French assistants in Scottish schools and training centres, 1932
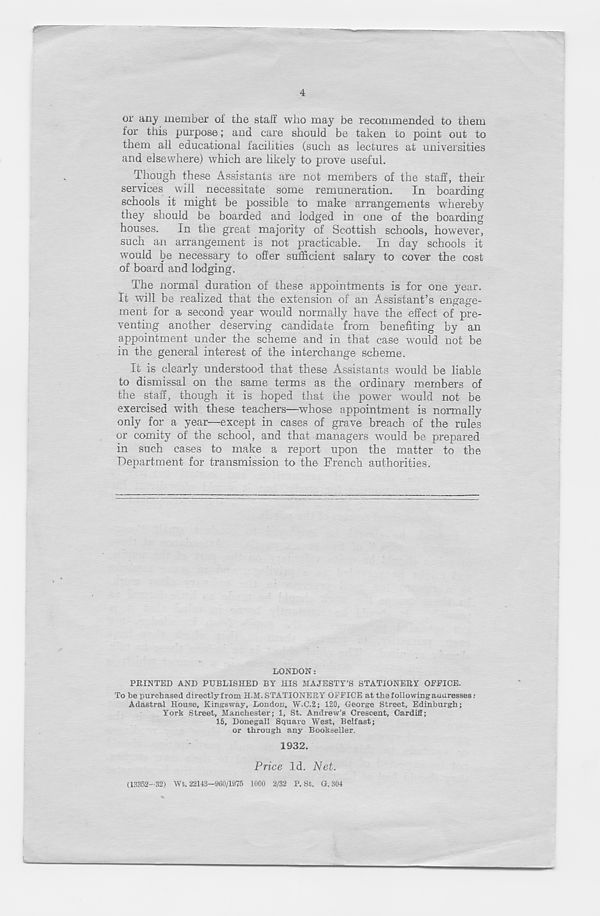
or any member of the stall who may be recommended to them
for this purpose; and care should be taken to point out to
them all educational facilities (such as lectures at universities
and elsewhere) which are likely to prove useful.
Though these Assistants are not members of the staff, then-
services will necessitate some remuneration.
In boarding
schools it might be possible to make arrangements whereby
they should be boarded and lodged in one of the boarding
houses. In the great majority of Scottish schools, however,
such an arrangement is not practicable. In day schools it
would be necessary to offer sufficient salary to cover the cost
of board and lodging.
The normal duration of these appointments is for one year.
It will be realized that the extension of an Assistant’s engage-
ment for a second year would normally have the effect of pre-
venting another deserving candidate from benefiting by an
appointment under the scheme and in that case would not be
in the general interest of the interchange scheme.
It is clearly understood that these Assistants would be liable
to dismissal on the same terms as the ordinary members of
the staff, though it is hoped that the power would not be
exercised with these teachers—whose appointment is normally
only for a year—except in cases of grave breach of the rules
or comity of the school, and that managers would be prepared
in such cases to make a report upon the matter to the
Department for transmission to the French authorities.
LONDON:
PRINTED AND PUBLISHED BY HIS MAJESTY’S STATIONERY OPEICE.
To be purchased directly from H.M. STATIONERY OPPICE at the following auuresses:
Adastral House, Kingsway, London, W.C.2; 120, George Street, Edinburgh;
York Street, Manchester; 1, St. Andrew's Orescent, Cardiff;
15, Donegall Square West, Belfast;
or through any Bookseller.
1932.
Price Id. Net.
(13352-32) Wt. 22143—960/1975 1000 2/32 P. St. G. 304